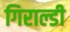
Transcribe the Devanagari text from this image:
गिराल्डी